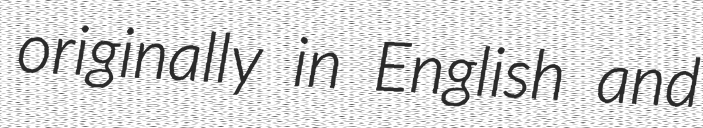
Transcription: originally in English and